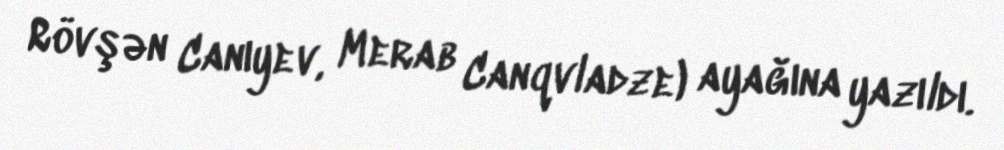
Rövşən Canıyev, Merab Canqvladze) ayağına yazıldı.